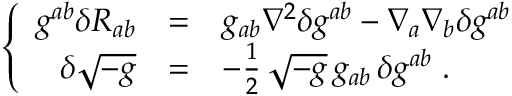
\left\{ \begin{array} { r c l } { { g ^ { a b } \delta R _ { a b } } } & { { = } } & { { g _ { a b } \nabla ^ { 2 } \delta g ^ { a b } - \nabla _ { a } \nabla _ { b } \delta g ^ { a b } } } \\ { { \delta \sqrt { - g } } } & { { = } } & { { - { \frac { 1 } { 2 } } \, \sqrt { - g } \, g _ { a b } \, \delta g ^ { a b } \; . } } \end{array} \right.